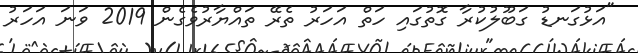
"އަޅުގަނޑު ގަބޫލުކުރާ ގޮތުގައި ހަތް އަހަރު ތެރޭ ތައްޔާރުވެގެން 2019 ވަނަ އަހަރު